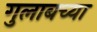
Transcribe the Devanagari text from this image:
गुलाबच्या